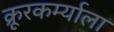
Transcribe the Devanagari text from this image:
क्रूरकर्म्याला